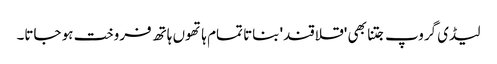
لیڈی گروپ جتنا بھی 'قلاقند' بناتا تمام ہاتھوں ہاتھ فروخت ہو جاتا۔